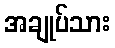
အချုပ်သား